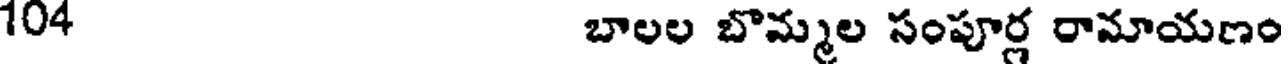
104 బాలల బొమ్మల సంపూర్ల రామాయణం